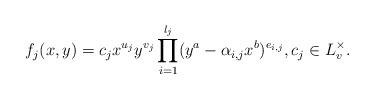
LaTeX: \begin{align*}f_j(x,y)=c_jx^{u_j}y^{v_j}\prod_{i=1}^{l_j}(y^a-\alpha_{i,j}x^b)^{e_{i,j}}, c_j \in L_{v}^{\times}.\end{align*}